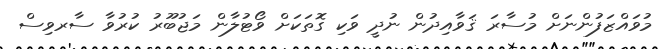
މުވައްޒަފުންނަށް މުސާރަ ޤަވާއިދުން ނުދީ ވަކި ގޮތަކަށް ވޯޓުލާން މަޖުބޫރު ކުރުވާ ސާރވިސް